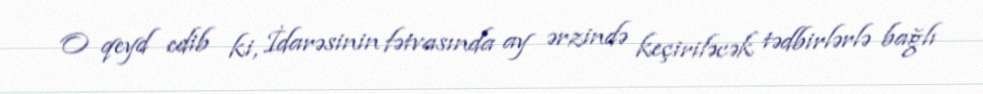
O qeyd edib ki, İdarəsinin fətvasında ay ərzində keçiriləcək tədbirlərlə bağlı